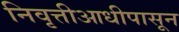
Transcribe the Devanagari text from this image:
निवृत्तीआधीपासून